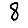
Digit: 8